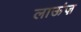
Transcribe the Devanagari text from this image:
लाऊंज़